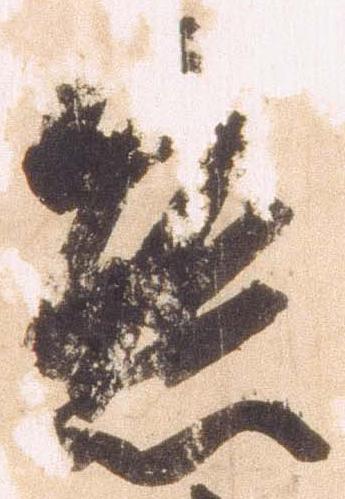
態